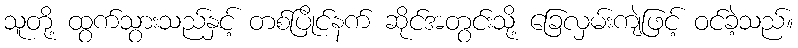
သူတို့ ထွက်သွားသည်နှင့် တစ်ပြိုင်နက် ဆိုင်အတွင်းသို့ ခြေလှမ်းကျဲဖြင့် ဝင်ခဲ့သည်။